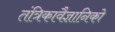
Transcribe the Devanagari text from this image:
तंत्रिकावैज्ञानिको